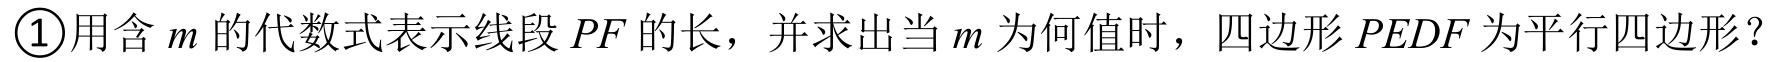
\textcircled{1}用含 \(m\) 的代数式表示线段 \(PF\) 的长，并求出当 \(m\) 为何值时，四边形 \(PEDF\) 为平行四边形？